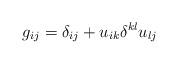
LaTeX: \begin{align*}g_{ij}=\delta_{ij}+u_{ik}\delta^{kl}u_{lj} \end{align*}